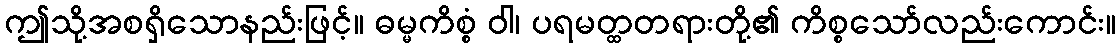
ဤသို့အစရှိသောနည်းဖြင့်။ ဓမ္မကိစ္စံ ဝါ၊ ပရမတ္ထတရားတို့၏ ကိစ္စသော်လည်းကောင်း။